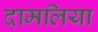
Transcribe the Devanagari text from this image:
दामलिया